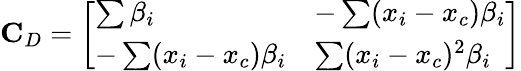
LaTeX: \mathbf{C}_{D}=\left[\begin{array}{ll}{\sum\beta_{i}}&{-\sum(x_{i}-x_{c})\beta_{i}}\\ {-\sum(x_{i}-x_{c})\beta_{i}}&{\sum(x_{i}-x_{c})^{2}\beta_{i}}\end{array}\right]